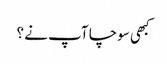
کبھی سوچا آپ نے ؟